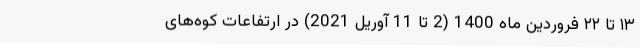
۱۳ تا ۲۲ فروردین ماه 1400 (2 تا 11 آوریل 2021) در ارتفاعات کوه‌های